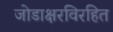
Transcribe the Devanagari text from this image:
जोडाक्षरविरहित